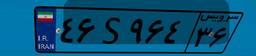
۴۶S۹۶۴۳۶